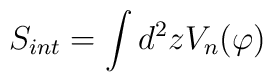
S_{int}=\int d^2zV_n(\varphi )